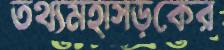
তথ্যমহাসড়কের